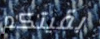
بقيتكم